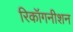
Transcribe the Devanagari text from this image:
रिकॉगनीशन